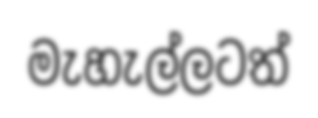
මැහැල්ලටත්